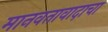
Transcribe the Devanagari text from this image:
मानवतावादाचा